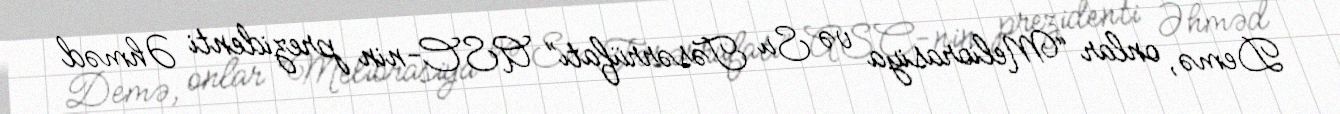
Demə, onlar “Meliorasiya və Su Təsərrüfatı” ASC-nin prezidenti Əhməd